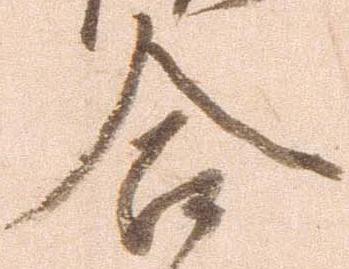
合